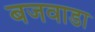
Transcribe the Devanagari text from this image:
बजवाडा